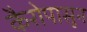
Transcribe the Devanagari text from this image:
कैरोपासून